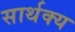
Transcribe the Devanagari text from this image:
सार्थक्य